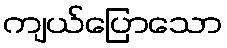
ကျယ်ပြောသော